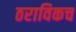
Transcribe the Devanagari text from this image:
ठराविकच